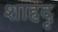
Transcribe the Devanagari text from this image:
शाहदृ